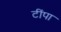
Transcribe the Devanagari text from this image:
टींपा